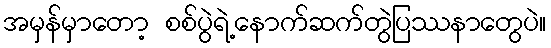
အမှန်မှာတော့ စစ်ပွဲရဲ့နောက်ဆက်တွဲပြဿနာတွေပဲ။